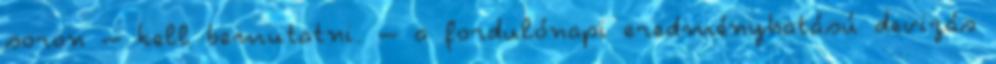
soron – kell bemutatni. – a fordulónapi eredményhatású devizás